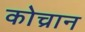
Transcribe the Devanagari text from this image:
कोच्रान